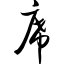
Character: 席